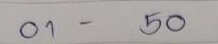
01 - 50